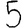
Digit: 5